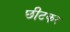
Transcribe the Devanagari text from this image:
छीटकर